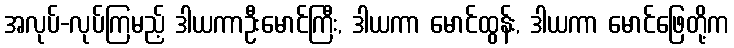
အလုပ်-လုပ်ကြမည့် ဒါယကာဦးမောင်ကြီး, ဒါယကာ မောင်ထွန်း, ဒါယကာ မောင်ဖြေတို့က